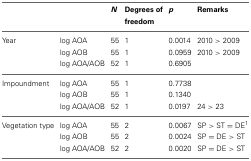
<table><thead><tr><td colspan="2"></td><td><b><i>N</i></b></td><td><b>Degrees of freedom</b></td><td><b><i>p</i></b></td><td><b>Remarks</b></td></tr></thead><tbody><tr><td>Year</td><td>log AOA</td><td>55</td><td>1</td><td>0.0014</td><td>2010 &gt; 2009</td></tr><tr><td></td><td>log AOB</td><td>55</td><td>1</td><td>0.0959</td><td>2010 &gt; 2009</td></tr><tr><td></td><td>log AOA/AOB</td><td>52</td><td>1</td><td>0.6905</td><td></td></tr><tr><td>Impoundment</td><td>log AOA</td><td>55</td><td>1</td><td>0.7738</td><td></td></tr><tr><td></td><td>log AOB</td><td>55</td><td>1</td><td>0.1340</td><td></td></tr><tr><td></td><td>log AOA/AOB</td><td>52</td><td>1</td><td>0.0197</td><td>24 &gt; 23</td></tr><tr><td>Vegetation type</td><td>log AOA</td><td>55</td><td>2</td><td>0.0067</td><td>SP &gt; ST = DE<sup>1</sup></td></tr><tr><td></td><td>log AOB</td><td>55</td><td>2</td><td>0.0024</td><td>SP = DE &gt; ST</td></tr><tr><td></td><td>log AOA/AOB</td><td>52</td><td>2</td><td>0.0020</td><td>SP = DE &gt; ST</td></tr></tbody></table>